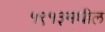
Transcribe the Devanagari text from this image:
१९१३मधील